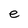
Character: e